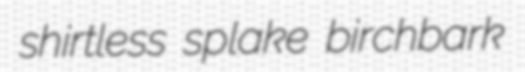
shirtless splake birchbark